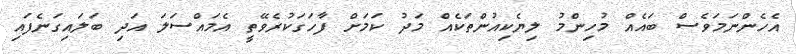
އެހެންނަމަވެސް ބައެއް މުހިންމު ލިޔެކިއުންތަކެއް މަދު ކަމަށް ފާހަގަކުރެވޭތީ އެމައްސަލަ އަދި ބަލައިގަނެފައި